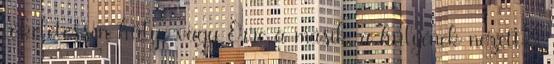
tökéletessen hülye vagy Erre a másik, a hülyének nézett: